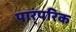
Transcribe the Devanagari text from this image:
पार्ंपरिक